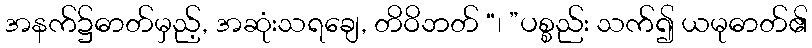
အနက်၌ဓာတ်မှည့်, အဆုံးသရချေ, တိဝိဘတ် “၊ ”ပစ္စည်း သက်၍ ယမုဓာတ်၏